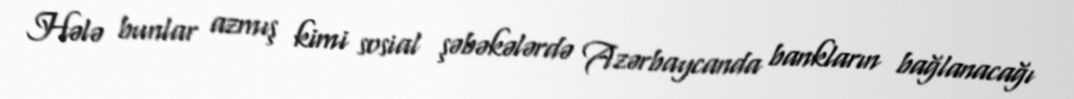
Hələ bunlar azmış kimi sosial şəbəkələrdə Azərbaycanda bankların bağlanacağı